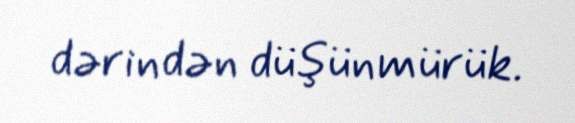
dərindən düşünmürük.